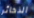
الذخائر